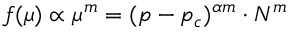
f ( \mu ) \propto \mu ^ { m } = ( p - p _ { c } ) ^ { \alpha m } \cdot N ^ { m }